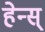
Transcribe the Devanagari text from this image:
हेन्स्